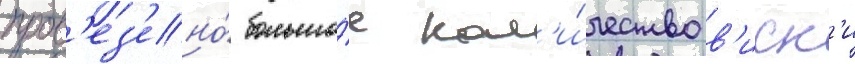
пров'ез'ено́ большо́е кол'и́чество в'иск'и